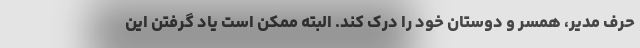
حرف مدیر، همسر و دوستان خود را درک کند. البته ممکن است یاد گرفتن این